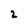
Character: 2